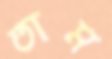
তাম